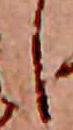
し